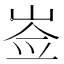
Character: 𡸃